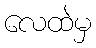
လေထဲမှ